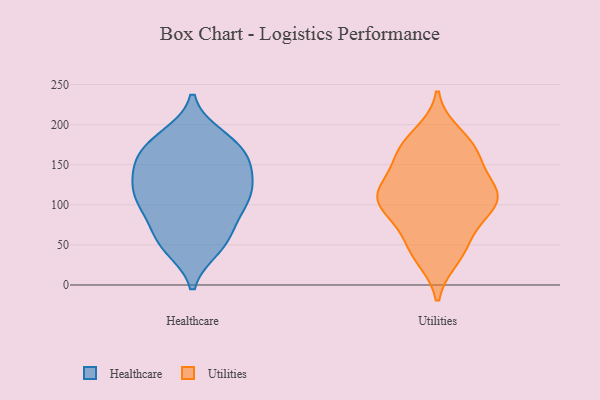
{"axis": {"x": "Market Share (%)", "y": "Value"}, "legend": ["Healthcare", "Utilities"], "data": [{"x": "", "y": 112, "type": "Healthcare"}, {"x": "", "y": 185, "type": "Healthcare"}, {"x": "", "y": 147, "type": "Healthcare"}, {"x": "", "y": 103, "type": "Healthcare"}, {"x": "", "y": 108, "type": "Healthcare"}, {"x": "", "y": 99, "type": "Healthcare"}, {"x": "", "y": 53, "type": "Healthcare"}, {"x": "", "y": 129, "type": "Healthcare"}, {"x": "", "y": 180, "type": "Healthcare"}, {"x": "", "y": 52, "type": "Healthcare"}, {"x": "", "y": 128, "type": "Healthcare"}, {"x": "", "y": 81, "type": "Healthcare"}, {"x": "", "y": 59, "type": "Healthcare"}, {"x": "", "y": 171, "type": "Healthcare"}, {"x": "", "y": 150, "type": "Healthcare"}, {"x": "", "y": 143, "type": "Healthcare"}, {"x": "", "y": 174, "type": "Healthcare"}, {"x": "", "y": 105, "type": "Healthcare"}, {"x": "", "y": 47, "type": "Healthcare"}, {"x": "", "y": 162, "type": "Healthcare"}, {"x": "", "y": 49, "type": "Utilities"}, {"x": "", "y": 115, "type": "Utilities"}, {"x": "", "y": 156, "type": "Utilities"}, {"x": "", "y": 116, "type": "Utilities"}, {"x": "", "y": 113, "type": "Utilities"}, {"x": "", "y": 173, "type": "Utilities"}, {"x": "", "y": 39, "type": "Utilities"}, {"x": "", "y": 187, "type": "Utilities"}, {"x": "", "y": 100, "type": "Utilities"}, {"x": "", "y": 35, "type": "Utilities"}, {"x": "", "y": 173, "type": "Utilities"}, {"x": "", "y": 107, "type": "Utilities"}, {"x": "", "y": 111, "type": "Utilities"}, {"x": "", "y": 100, "type": "Utilities"}, {"x": "", "y": 166, "type": "Utilities"}, {"x": "", "y": 61, "type": "Utilities"}, {"x": "", "y": 150, "type": "Utilities"}, {"x": "", "y": 112, "type": "Utilities"}, {"x": "", "y": 84, "type": "Utilities"}]}